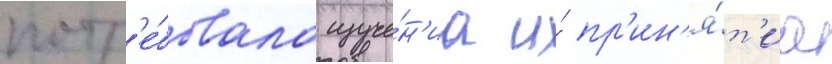
потр'е́бовала изуче́н'иа и́ пр'ин'я́т'иа